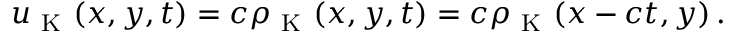
u _ { \mathrm { ~ K ~ } } ( x , y , t ) = c \rho _ { \mathrm { ~ K ~ } } ( x , y , t ) = c \rho _ { \mathrm { ~ K ~ } } ( x - c t , y ) \, .